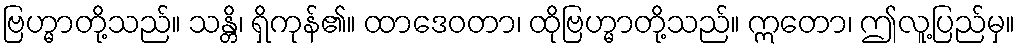
ဗြဟ္မာတို့သည်။ သန္တိ၊ ရှိကုန်၏။ ထာဒေဝတာ၊ ထိုဗြဟ္မာတို့သည်။ ဣတော၊ ဤလူ့ပြည်မှ။